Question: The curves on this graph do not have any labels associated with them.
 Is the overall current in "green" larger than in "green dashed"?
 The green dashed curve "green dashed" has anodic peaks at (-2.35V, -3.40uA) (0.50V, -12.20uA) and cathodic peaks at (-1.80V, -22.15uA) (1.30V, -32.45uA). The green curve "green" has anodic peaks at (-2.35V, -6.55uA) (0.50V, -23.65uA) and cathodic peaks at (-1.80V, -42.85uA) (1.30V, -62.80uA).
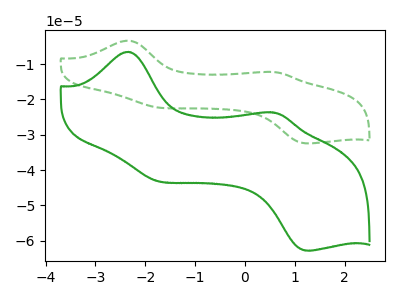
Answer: <think>All the peaks in "green" have a peak in "green dashed" at the same potential.
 </think>
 <answer>I cant tell if "green" or "green dashed" has more signal.</answer>
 <eval>mixed_signal</eval>